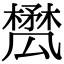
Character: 𣝥